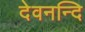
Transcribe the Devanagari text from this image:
देवनन्दि